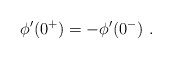
\begin{align*} \phi^\prime(0^+)=-\phi^\prime(0^-)~.\end{align*}